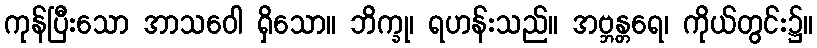
ကုန်ပြီးသော အာသဝေါ ရှိသော။ ဘိက္ခု၊ ရဟန်းသည်။ အဗ္ဘန္တရေ၊ ကိုယ်တွင်း၌။